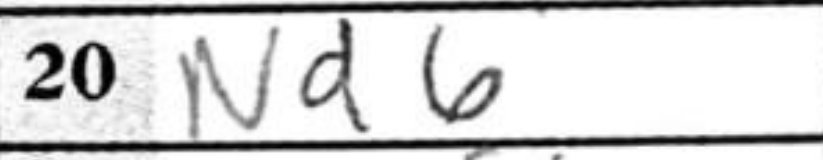
Transcription: Nd6